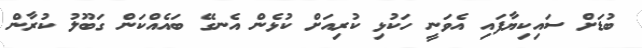
ބުޑަށް ސައިކިޔާފައި އެވަނީ ހަކުޅި ކުރިއަށް ކުޅެން އެނގޭ ބައެއްކަން ގަބޫލު ކުރާން